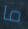
ما